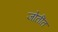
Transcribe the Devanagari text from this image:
जोतींत